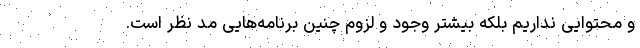
و محتوایی نداریم بلکه بیشتر وجود و لزوم چنین برنامه‌هایی مد نظر است.